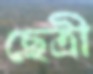
ছেত্রী